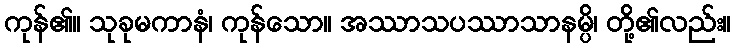
ကုန်၏။ သုခုမကာနံ၊ ကုန်သော။ အဿာသပဿာသာနမ္ပိ၊ တို့၏လည်း။